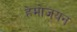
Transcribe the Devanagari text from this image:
हेमोजयन